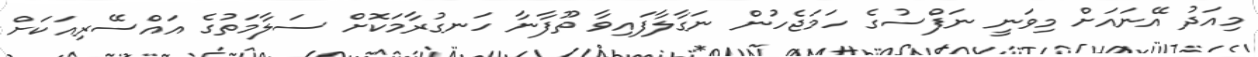
މިއަދު އޭނައަށް މިވަނީ ނަފްސުގެ ހަމަޖެހުން ނަގާލާފައިވާ ތޫފާނާ ހަނގުރާމަކޮށް ސަލާމަތުގެ އައްސޭރިއަކަށް